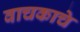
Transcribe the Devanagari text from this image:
वाचकाचे